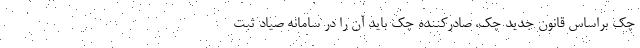
چک براساس قانون جدید چک، صادرکننده چک باید آن را در سامانه صیاد ثبت